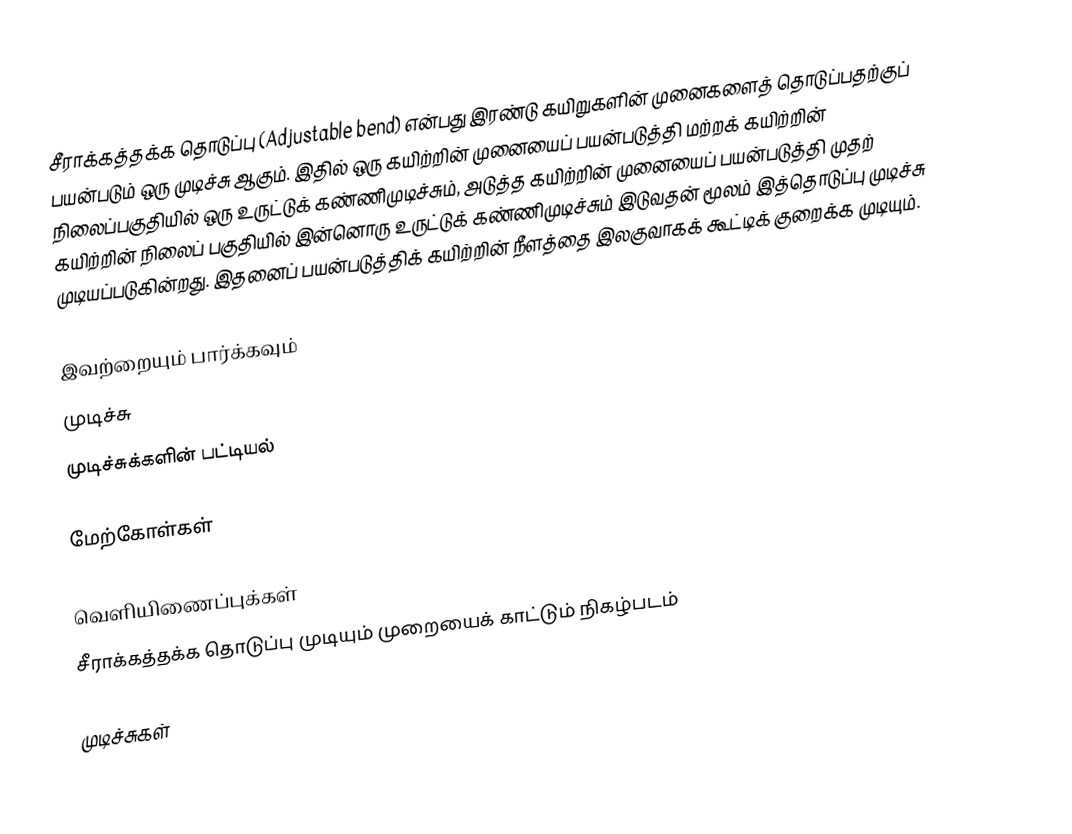
சீராக்கத்தக்க தொடுப்பு (Adjustable bend) என்பது இரண்டு கயிறுகளின் முனைகளைத் தொடுப்பதற்குப் பயன்படும் ஒரு முடிச்சு ஆகும். இதில் ஒரு கயிற்றின் முனையைப் பயன்படுத்தி மற்றக் கயிற்றின் நிலைப்பகுதியில் ஒரு உருட்டுக் கண்ணிமுடிச்சும், அடுத்த கயிற்றின் முனையைப் பயன்படுத்தி முதற் கயிற்றின் நிலைப் பகுதியில் இன்னொரு உருட்டுக் கண்ணிமுடிச்சும் இடுவதன் மூலம் இத்தொடுப்பு முடிச்சு முடியப்படுகின்றது. இதனைப் பயன்படுத்திக் கயிற்றின் நீளத்தை இலகுவாகக் கூட்டிக் குறைக்க முடியும்.

இவற்றையும் பார்க்கவும்
 முடிச்சு
 முடிச்சுக்களின் பட்டியல்

மேற்கோள்கள்

வெளியிணைப்புக்கள்
சீராக்கத்தக்க தொடுப்பு முடியும் முறையைக் காட்டும் நிகழ்படம்

முடிச்சுகள்